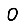
Digit: 0